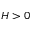
H > 0